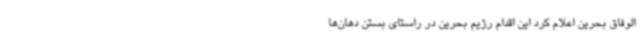
الوفاق بحرین اعلام کرد این اقدام رژیم بحرین در راستای بستن دهان‌ها